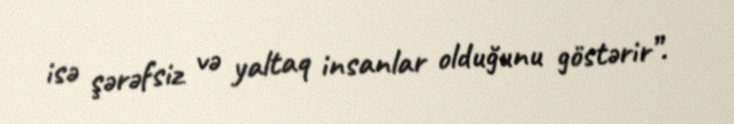
isə şərəfsiz və yaltaq insanlar olduğunu göstərir”.